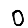
Digit: 0